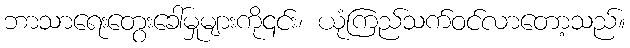
ဘာသာရေးတွေးခေါ်မှုများကို၎င်း၊ ယုံကြည်သက်ဝင်လာတော့သည်။